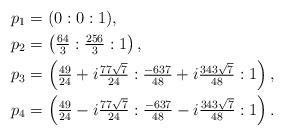
LaTeX: \begin{align*}p_1 &= (0:0:1), \\p_2 &= \left(\tfrac{64}{3}:\tfrac{256}{3}:1\right), \\ p_3 &= \left(\tfrac{49}{24}+i\tfrac{77\sqrt{7}}{24}:\tfrac{-637}{48}+i\tfrac{343\sqrt{7}}{48}:1\right), \\ p_4 &= \left(\tfrac{49}{24}-i\tfrac{77\sqrt{7}}{24}:\tfrac{-637}{48}-i\tfrac{343\sqrt{7}}{48}:1\right).\end{align*}